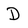
Character: D